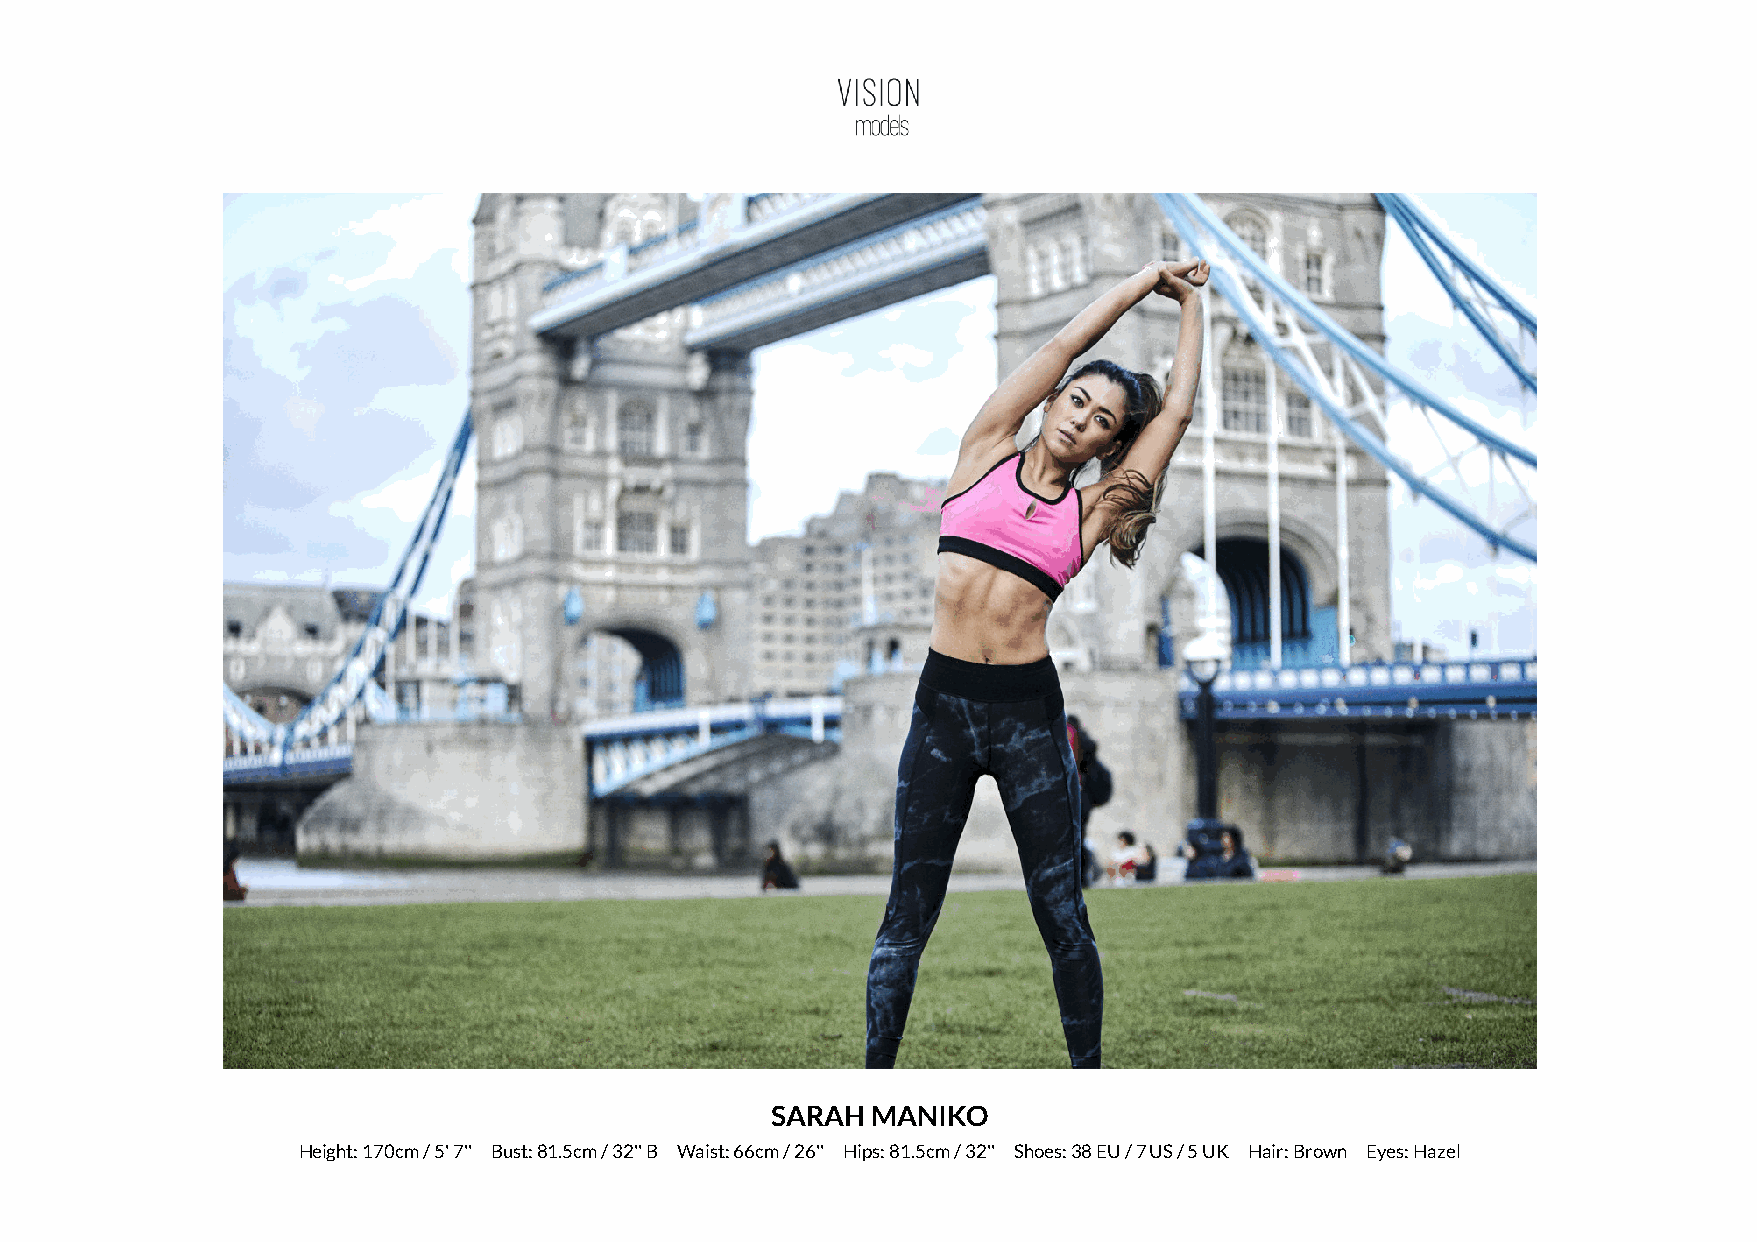
SARAH  MANIKO
 Height: 170cm / 5' 7'' Bust: 81.5cm / 32'' B Waist: 66cm / 26'' Hips: 81.5cm / 32'' Shoes: 38 EU / 7 US / 5 UK Hair: Brown Eyes: Hazel